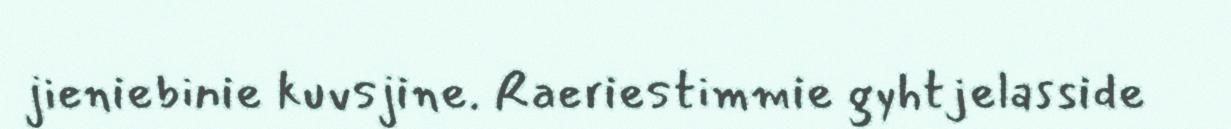
jieniebinie kuvsjine. Raeriestimmie gyhtjelasside